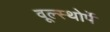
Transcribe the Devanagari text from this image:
वूल्स्थोर्पे